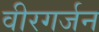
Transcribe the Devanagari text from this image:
वीरगर्जन